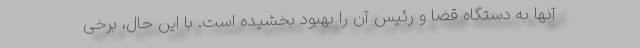
آنها به دستگاه قضا و رئیس آن را بهبود بخشیده است. با این حال، برخی